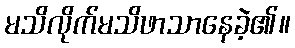
မသိလိုက်မသိဖာသာနေခဲ့၏။